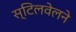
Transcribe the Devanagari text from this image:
स्टिलवेलने